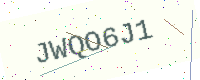
Text: JWQO6J1